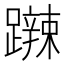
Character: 𨆹